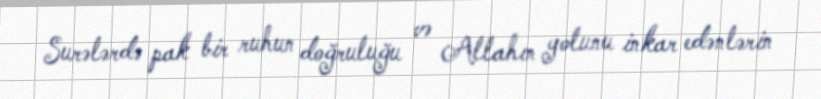
Surələrdə pak bir ruhun doğruluğu və Allahın yolunu inkar edənlərin